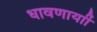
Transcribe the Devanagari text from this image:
धावणार्याी